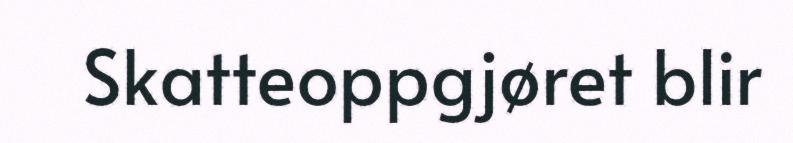
Skatteoppgjøret blir